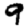
Digit: 9